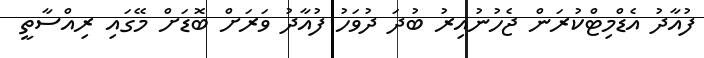
ފުއާދު އެޑްމިޓްކުރަން ޖެހުނުއިރު ބުދަ ދުވަހު ފުއާދު ވަރަށް ބޮޑަށް މޭގައި ރިއްސާތީ